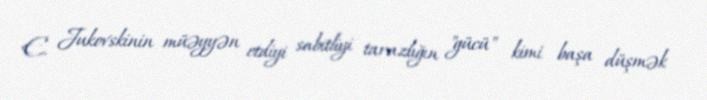
E. Jukovskinin müəyyən etdiyi sabitliyi tarazlığın "gücü" kimi başa düşmək